Leaving Certificate Examination (including Day School Certificate (Higher) General paper), 1934
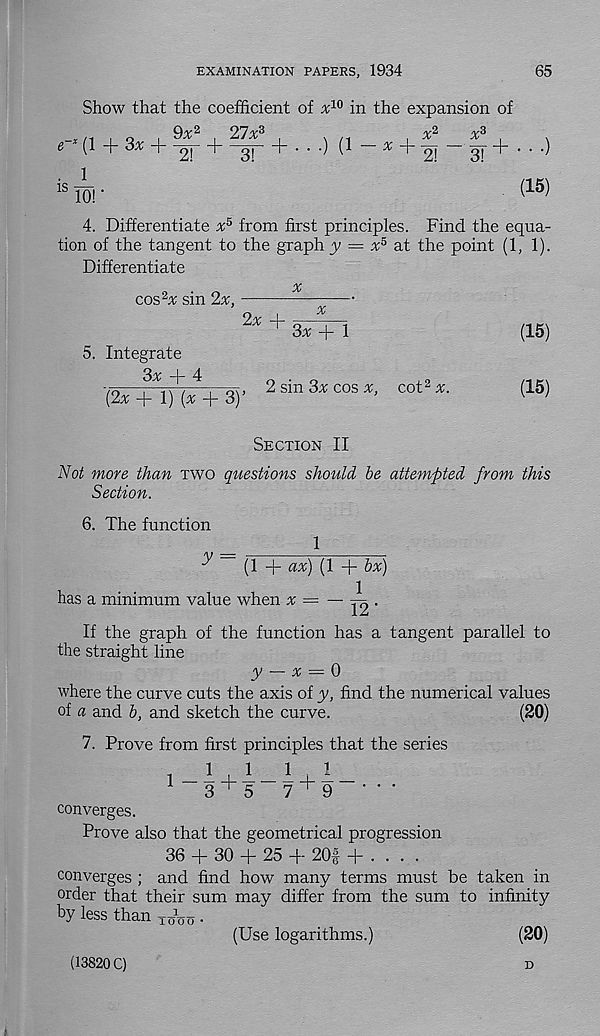
EXAMINATION PAPERS, 1934
65
Show that the coefficient of x 10 in the expansion of
2
. o . 9a: 2
27x 3
.
X‘
e (1 + 3a; + -yj- H—gj—!-•••) (1 — ^
x 3
3T +
is 10! •
(15)
4. Differentiate x 5 from first principles. Find the equa-
tion of the tangent to the graph y — x 5 at the point (1, 1).
Differentiate
cos 2 a: sin 2x,
5. Integrate
3a; + 4
[2x + 1) (a; + 3)
x
2x +
x
Sx + 1
, 2 sin 3a; cos a;, cot 2 a;.
(15)
(15)
Section II
Not more than two questions should be attempted from this
Section.
6. The function
_
1
(1 + a%) (1 + bx)
has a minimum value when a; = — ^ .
If the graph of the function has a tangent parallel to
the straight line
y — x — 0
where the curve cuts the axis of y, find the numerical values
of a and b, and sketch the curve.
(20)
7. Prove from first principles that the series
converges.
Prove also that the geometrical progression
36 + 30 + 25 + 20f + . . . .
converges ; and find how many terms must be taken in
order that their sum may differ from the sum to infinity
by less than
.
(20)
(13820 C)
(Use logarithms.)
D